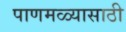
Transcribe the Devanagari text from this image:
पाणमळ्यासाठी